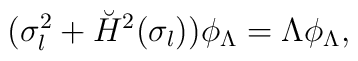
(\sigma_l^2+\breve{H}^2(\sigma_l))\phi_{\Lambda}=\Lambda\phi_\Lambda,